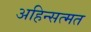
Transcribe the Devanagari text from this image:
अहिन्सत्मत